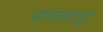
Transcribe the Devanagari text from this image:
पायलटशूट